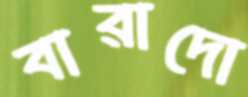
বারাদো